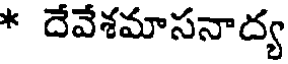
* దేవేశమాసనాద్య